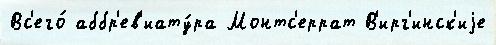
Вс'его́ аббр'ев'иату́ра Монтс'еррат В'ирг'инск'иjе